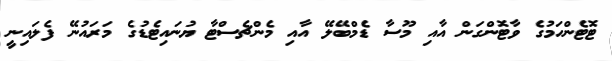
ޓޮޓެންހަމުގެ ވާޓޮންގަން އާއި މޫސާ ޑެމްބޭލޭ އާއި މެންޗެސްޓާ ޔުނައިޓެޑުގެ މަރައުނޭ ފެލައިނީ